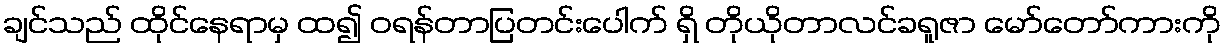
ချင်သည် ထိုင်နေရာမှ ထ၍ ဝရန်တာပြတင်းပေါက် ရှိ တိုယိုတာလင်ခရူဇာ မော်တော်ကားကို